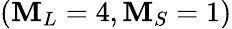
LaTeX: (\mathbf{M}_{L}=4,\mathbf{M}_{S}=1)